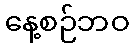
နေ့စဉ်ဘဝ